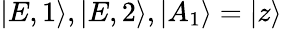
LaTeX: |E,1\rangle,|E,2\rangle,|A_{1}\rangle=|z\rangle